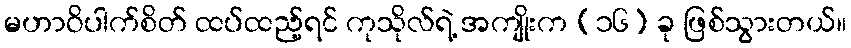
မဟာဝိပါက်စိတ် ထပ်ထည့်ရင် ကုသိုလ်ရဲ့ အကျိုးက (၁၆) ခု ဖြစ်သွားတယ်။